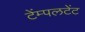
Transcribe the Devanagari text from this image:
टेंम्पलटेंट